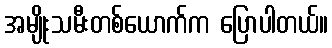
အမျိုးသမီးတစ်ယောက်က ပြောပါတယ်။